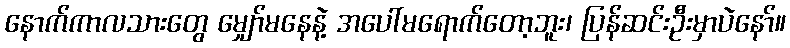
နောက်ကာလသားတွေ မျှော်မနေနဲ့ အပေါ်မရောက်တော့ဘူး၊ ပြန်ဆင်းဦးမှာပဲနော်။